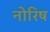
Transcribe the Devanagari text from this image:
नोरिष